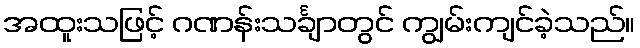
အထူးသဖြင့် ဂဏန်းသင်္ချာတွင် ကျွမ်းကျင်ခဲ့သည်။